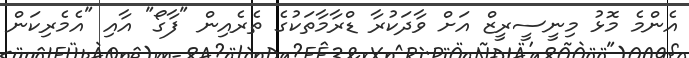
އެންމެ މޮޅު މިނީސީރީޒް އަށް ވާދަކުރާ ޑްރާމާތަކުގެ ތެރެއިން "ފާގޯ" އާއި "އެމެރިކަން